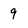
Character: 9